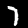
Label: 7